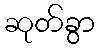
ဆုတ်ခွာ